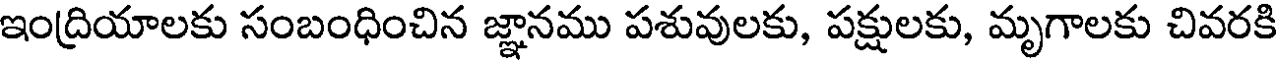
ఇంద్రియాలకు సంబంధించిన జ్ఞానము పశువులకు, పక్షులకు, మృగాలకు చివరకి